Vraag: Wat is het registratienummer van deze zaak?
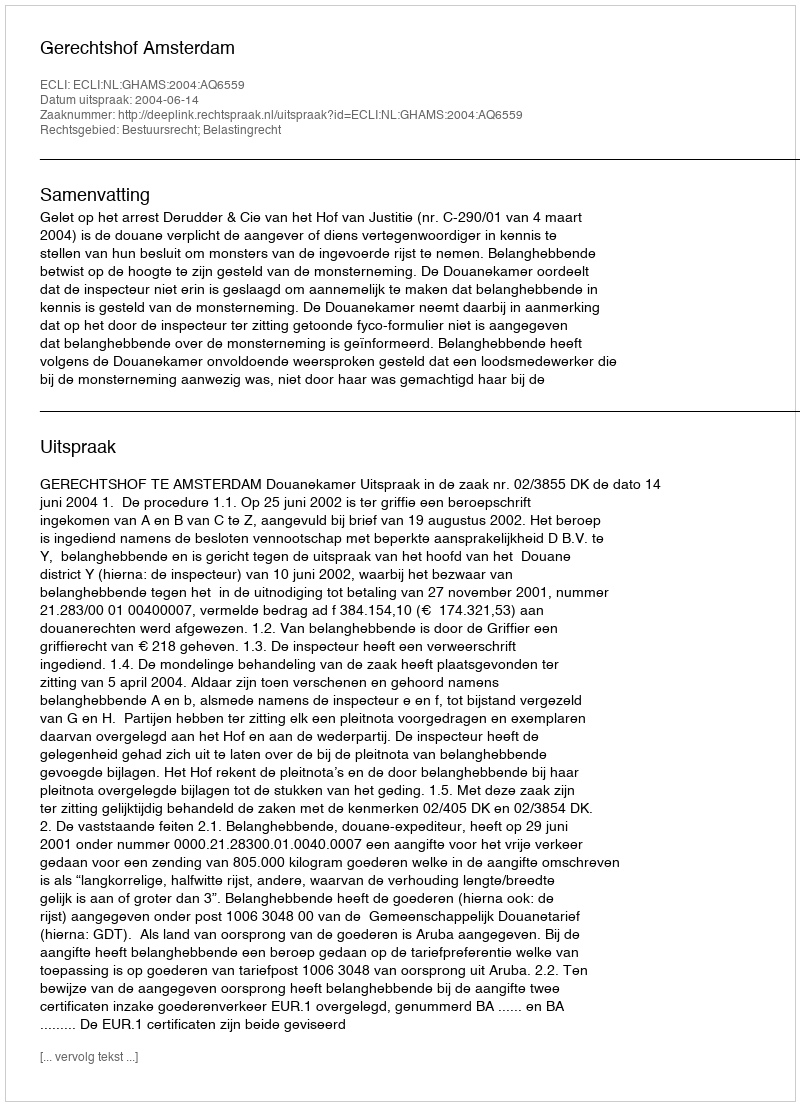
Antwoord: http://deeplink.rechtspraak.nl/uitspraak?id=ECLI:NL:GHAMS:2004:AQ6559